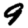
Digit: 9